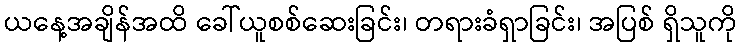
ယနေ့အချိန်အထိ ခေါ်ယူစစ်ဆေးခြင်း၊ တရားခံရှာခြင်း၊ အပြစ် ရှိသူကို